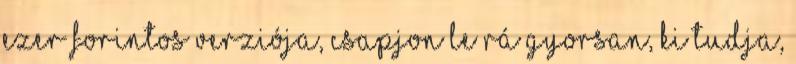
ezer forintos verziója, csapjon le rá gyorsan, ki tudja,